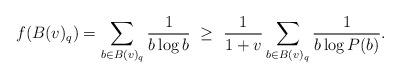
LaTeX: \begin{align*}f(B(v)_q) = \sum_{b\in B(v)_q}\frac{1}{b\log b} \ & \ge \ \frac{1}{1+v}\sum_{b\in B(v)_q}\frac{1}{b\log P(b)}.\end{align*}